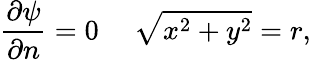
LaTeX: \frac{\partial\psi}{\partial n}=0~~~~~\sqrt{x^{2}+y^{2}}=r,